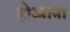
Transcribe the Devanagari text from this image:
होआना